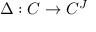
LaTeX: \Delta : C \to C ^ { J }